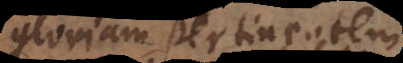
gloriam pertinentem,